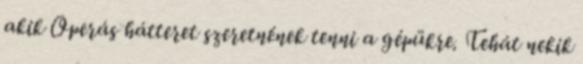
akik Operás hátteret szeretnének tenni a gépükre. Tehát nekik